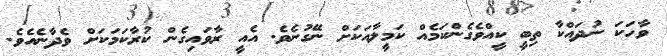
ވާހަކަ ނުދައްކާ ތިބީ ކީއްވެގެންކަމެއް ކަމީލާއަކަށް ނޭގުނެވެ. އެއީ ރާވައިގެން ކުރާކަމަކަށް ވެދާނެއެވެ.